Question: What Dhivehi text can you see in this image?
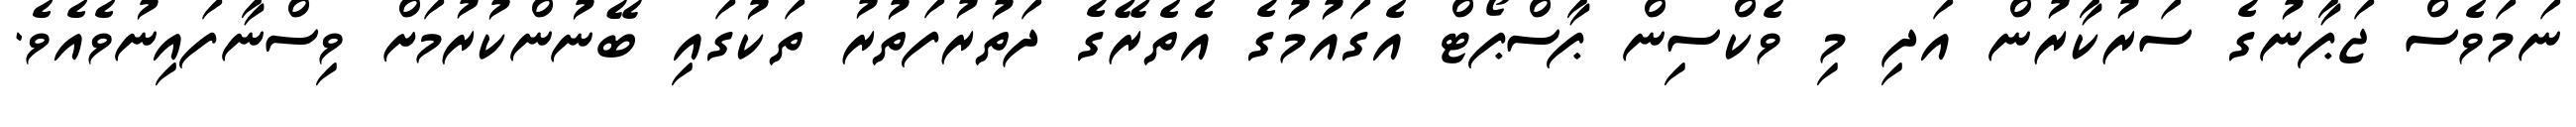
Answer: ނަމަވެސް ޖަޕާނުގެ ސަރުކާރުން އަދި މި ވެކްސިން ޕާސްޕޯޓް އެގައުމުގެ އެތެރޭގެ ދަތުރުފަތުރު ތަކުގައި ބޭނުންކުރުމަށް ވިސްނާފައިނުވެއެވެ.